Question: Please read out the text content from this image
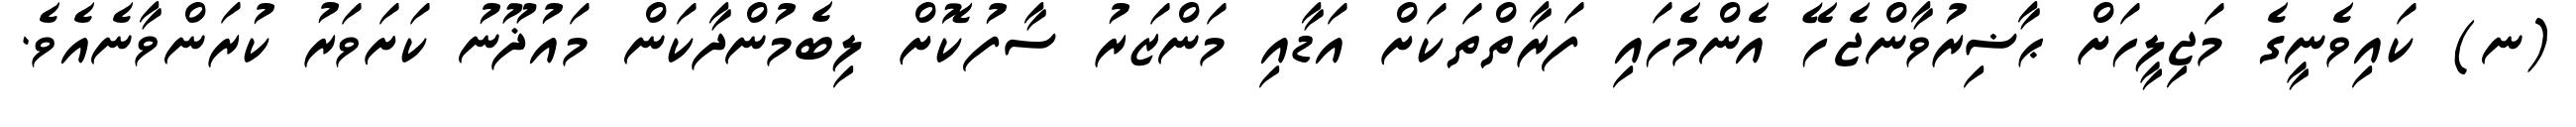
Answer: (ނ) ކައިވެނީގެ މަޖިލީހަށް ޙާޟިރުވާންޖެހޭ އެންމެހައި ފަރާތްތަކަށް އަޑާއި މަންޒަރު ސާފުކޮށް ލިބެމުންދާކަން މައުޛޫނު ކަށަވަރު ކުރަންވާނެއެވެ.